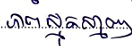
ភាពស្មុគស្មាញ